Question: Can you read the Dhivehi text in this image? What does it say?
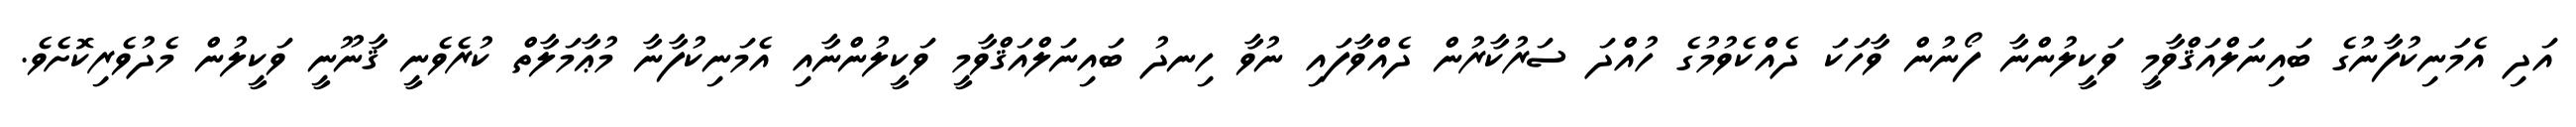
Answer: އަދި އެމަނިކުފާނުގެ ބައިނަލްއަޤްވާމީ ވަކީލުންނާ ފޯނުން ވާހަކަ ދެއްކެވުމުގެ ހުއްދަ ސަރުކާރުން ދެއްވާފައި ނުވާ ހިނދު ބައިނަލްއަޤްވާމީ ވަކީލުންނާއި އެމަނިކުފާނާ މުޢާމަލާތް ކުރެވެނީ ޤާނޫނީ ވަކީލުން މެދުވެރިކޮށެވެ.